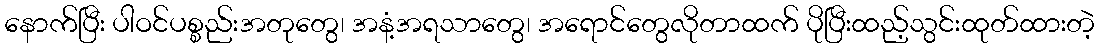
နောက်ပြီး ပါဝင်ပစ္စည်းအတုတွေ၊ အနံ့အရသာတွေ၊ အရောင်တွေလိုတာထက် ပိုပြီးထည့်သွင်းထုတ်ထားတဲ့